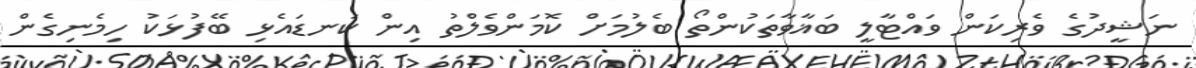
ނަޝީދުގެ ވެރިކަން ވައްޓާލީ ބަޣާވާތަކުންތޯ ބެލުމަށްް ކޮމަންވެލްތު އިން ކަނޑައެޅި ބޭފުޅަކު ހިމެނިގެން